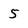
Character: 5